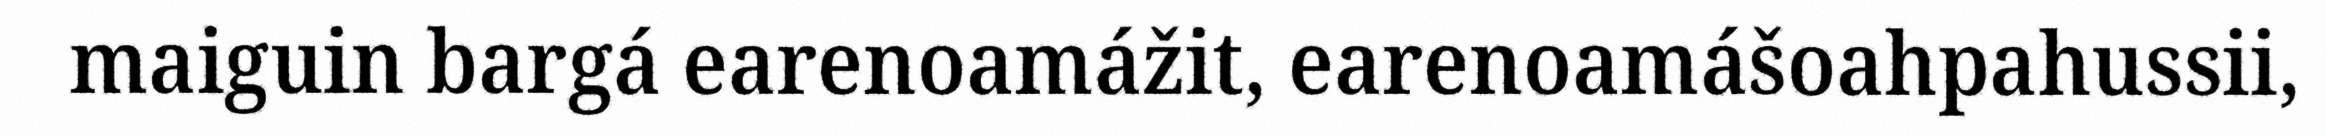
maiguin bargá earenoamážit, earenoamášoahpahussii,